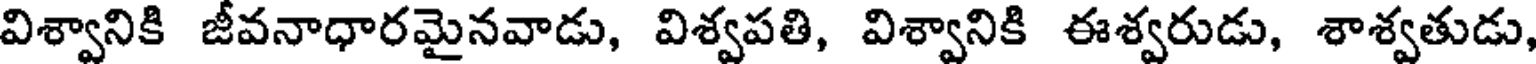
విశ్వానికి జీవనాధారమైనవాడు, విశ్వపతి, విశ్వానికి ఈశ్వరుడు, శాశ్వతుడు,